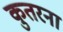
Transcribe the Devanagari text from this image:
कुतरना